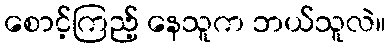
စောင့်ကြည့် နေသူက ဘယ်သူလဲ။